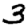
Digit: 3